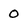
Character: 0